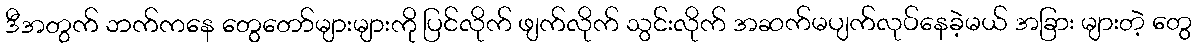
ဒီအတွက် ဘက်ကနေ တွေတော်များများကို ပြင်လိုက် ဖျက်လိုက် သွင်းလိုက် အဆက်မပျက်လုပ်နေခဲ့မယ် အခြား များတဲ့ တွေ